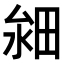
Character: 𤱸